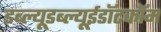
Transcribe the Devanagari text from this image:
डब्ल्यूडब्ल्यूईडॉटकॉम